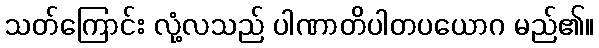
သတ်ကြောင်း လုံ့လသည် ပါဏာတိပါတပယောဂ မည်၏။